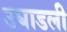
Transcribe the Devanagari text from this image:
उघाडली